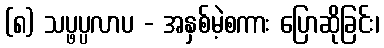
(၈) သပ္ဖပ္ပလာပ - အနှစ်မဲ့စကား ပြောဆိုခြင်း၊